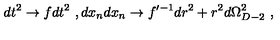
d t ^ { 2 } \to f d t ^ { 2 } \ , d x _ { n } d x _ { n } \to f ^ { \prime - 1 } d r ^ { 2 } + r ^ { 2 } d \Omega _ { D - 2 } ^ { 2 } \ ,